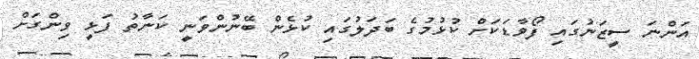
އަންނަ ސީޒަނުގައި ފޯވާޑަކަށް ކުޅުމުގެ ބަދަލުގައި ކުޅެން ބޭނުންވަނީ ކަނާތު ފަޅީ ވިންގަށް